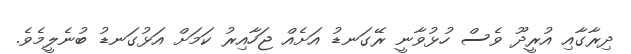
ދިރާގާއި އުރީދޫ ވެސް ހުޅުވާނީ ރޭގަނޑު އަށެއް ޖަހާއިރު ކަމަށް އަޅުގަނޑު ބުނެލީމެވެ.